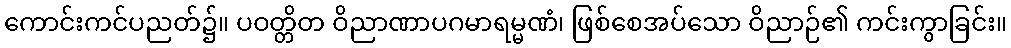
ကောင်းကင်ပညတ်၌။ ပဝတ္တိတ ဝိညာဏာပဂမာရမ္မဏံ၊ ဖြစ်စေအပ်သော ဝိညာဉ်၏ ကင်းကွာခြင်း။